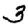
Digit: 3